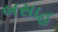
બસાહ